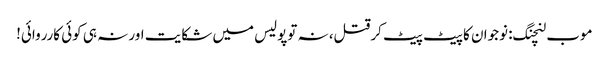
موب لنچنگ: نوجوان کا پیٹ پیٹ کرقتل، نہ توپولیس میں شکایت اور نہ ہی کوئی کارروائی!